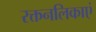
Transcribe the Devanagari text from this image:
रक्तनलिकाएं